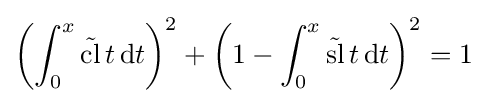
\left(\int _{0}^{x}{\tilde {\operatorname {cl} }}\,t\,\mathrm {d} t\right)^{2}+\left(1-\int _{0}^{x}{\tilde {\operatorname {sl} }}\,t\,\mathrm {d} t\right)^{2}=1